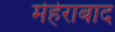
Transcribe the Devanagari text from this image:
मेहेराबाद